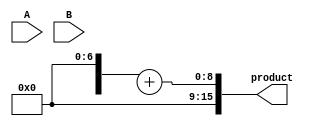
module WallaceTreeMultiplier #(parameter N = 8) (
    input [N-1:0] A,
    input [N-1:0] B,
    output reg [2*N-1:0] product
);

    // Generate partial products
    wire [N-1:0] pp [0:N-1]; // Partial products array
    genvar i, j;
    generate
        for (i = 0; i < N; i = i + 1) begin : gen_partial_products
            assign pp[i] = (A[i]) ? B : 0; // AND operation
        end
    endgenerate

    // Wallace Tree reduction
    wire [N-1:0] sum [0:N-1]; // Sums
    wire [N-1:0] carry [0:N-1]; // Carries
    wire [N-1:0] final_sum;
    wire [N-1:0] final_carry;

    // Level 1 reduction using CSAs
    generate
        for (i = 0; i < N; i = i + 1) begin : CSA_level1
            if (i % 3 == 0) begin
                assign sum[i] = pp[i] ^ pp[i+1] ^ pp[i+2];
                assign carry[i] = (pp[i] & pp[i+1]) | (pp[i+1] & pp[i+2]) | (pp[i] & pp[i+2]);
            end
        end
    endgenerate

    // Level 2 reduction
    generate
        for (i = 0; i < N; i = i + 1) begin : CSA_level2
            if (i % 2 == 0) begin
                assign sum[i] = sum[i] ^ carry[i+1];
                assign carry[i] = sum[i] & carry[i+1];
            end
        end
    endgenerate

    // Final addition
    assign {final_carry, final_sum} = {1'b0, sum[N-1]} + {1'b0, carry[N-1]};

    // Output product
    always @(*) begin
        product = {final_carry, final_sum};
    end

endmodule